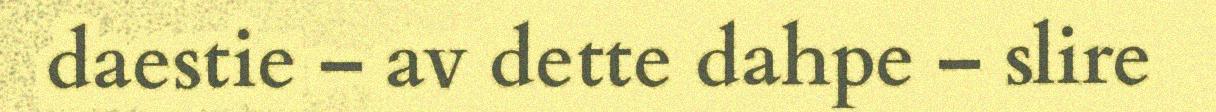
daestie – av dette dahpe – slire